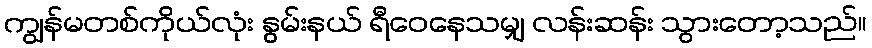
ကျွန်မတစ်ကိုယ်လုံး နွမ်းနယ် ရီဝေနေသမျှ လန်းဆန်း သွားတော့သည်။